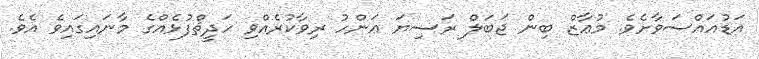
އަޑުއައްސަވާށެވެ. މުޢާޒް ބިން ޖަބަލް ރަޟިޔަ ޢަންހު ރިވާކުރެއްވި ހަދީޘްފުޅެއްގެ މާނައިގައިވެ އެވެ.